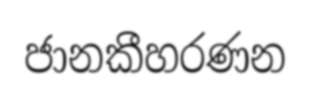
ජානකීහරණන